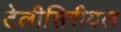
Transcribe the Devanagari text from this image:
टेलीसिरीयल